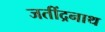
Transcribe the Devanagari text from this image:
जतींद्रनाथ